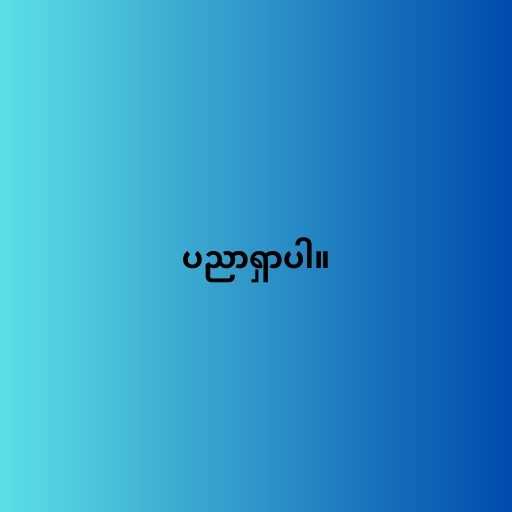
ပညာရှာပါ။